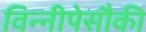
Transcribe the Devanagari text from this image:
विन्नीपेसौकी